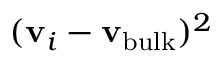
( { \bf v } _ { i } - { \bf v _ { \mathrm { b u l k } } } ) ^ { 2 }